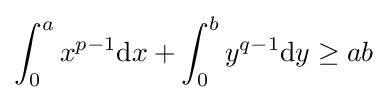
\int _{0}^{a}x^{p-1}\mathrm {d} x+\int _{0}^{b}y^{q-1}\mathrm {d} y\geq ab